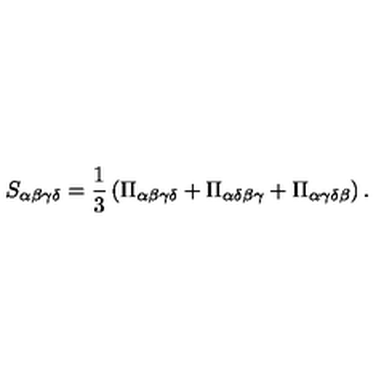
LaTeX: S _ { \alpha \beta \gamma \delta } = \frac { 1 } { 3 } \left( \Pi _ { \alpha \beta \gamma \delta } + \Pi _ { \alpha \delta \beta \gamma } + \Pi _ { \alpha \gamma \delta \beta } \right) .